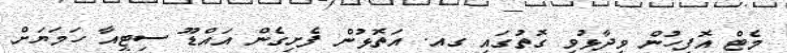
މެޓް އޮފީހުން ވިދާޅުވި ގޮތުގައި ގއ. އަތޮޅުން ފެށިގެން އައްޑޫ ސިޓީއާ ހަމަޔަށް